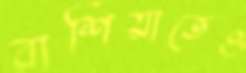
রাশিয়াতেও